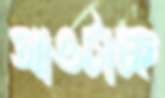
আওটাচ্ছ